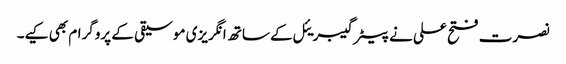
نصرت فتح علی نے پیٹر گیبریئل کے ساتھ انگریزی موسیقی کے پروگرام بھی کیے۔